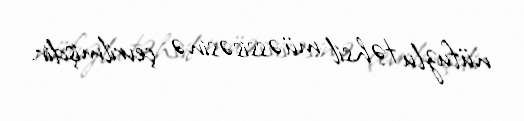
nüfuzlu təhsil müəssisəsinə çevrilmişdir.